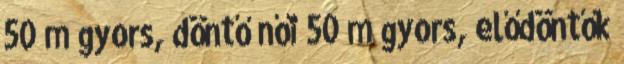
50 m gyors, döntő női 50 m gyors, elődöntők